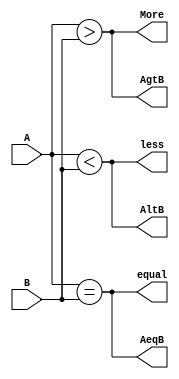
//  ***********************************************
//  *      Question 5  : comparator 8bit          *
//  *      producer    : Elham Jafari             *
//  *      student number: 140053677012           *
//  ***********************************************


module comparator8bit (
  input [7:0] A,
  input [7:0] B,
  output less,
  output equal,
  output More,
  output AeqB,
  output AltB,
  output AgtB
);

  assign less = (A < B);
  assign equal = (A == B);
  assign More = (A > B);
  assign AeqB = equal;
  assign AltB = less;
  assign AgtB = More;

endmodule